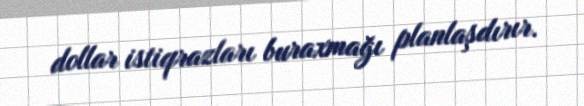
dollar istiqrazları buraxmağı planlaşdırır.